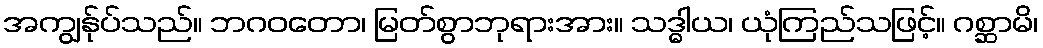
အကျွန်ုပ်သည်။ ဘဂဝတော၊ မြတ်စွာဘုရားအား။ သဒ္ဓါယ၊ ယုံကြည်သဖြင့်။ ဂစ္ဆာမိ၊